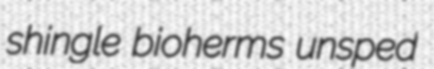
shingle bioherms unsped